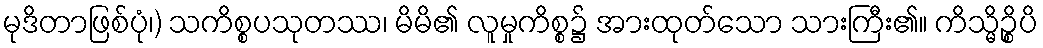
မုဒိတာဖြစ်ပုံ၊) သကိစ္စပသုတဿ၊ မိမိ၏ လူမှုကိစ္စ၌ အားထုတ်သော သားကြီး၏။ ကိသ္မိဉ္စိပိ